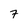
Character: 7